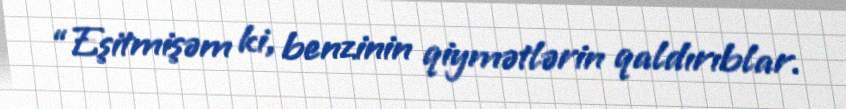
“Eşitmişəm ki, benzinin qiymətlərin qaldırıblar.